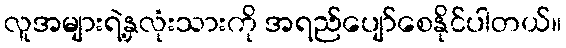
လူအများရဲ့နှလုံးသားကို အရည်ပျော်စေနိုင်ပါတယ်။